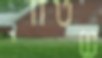
שטחי